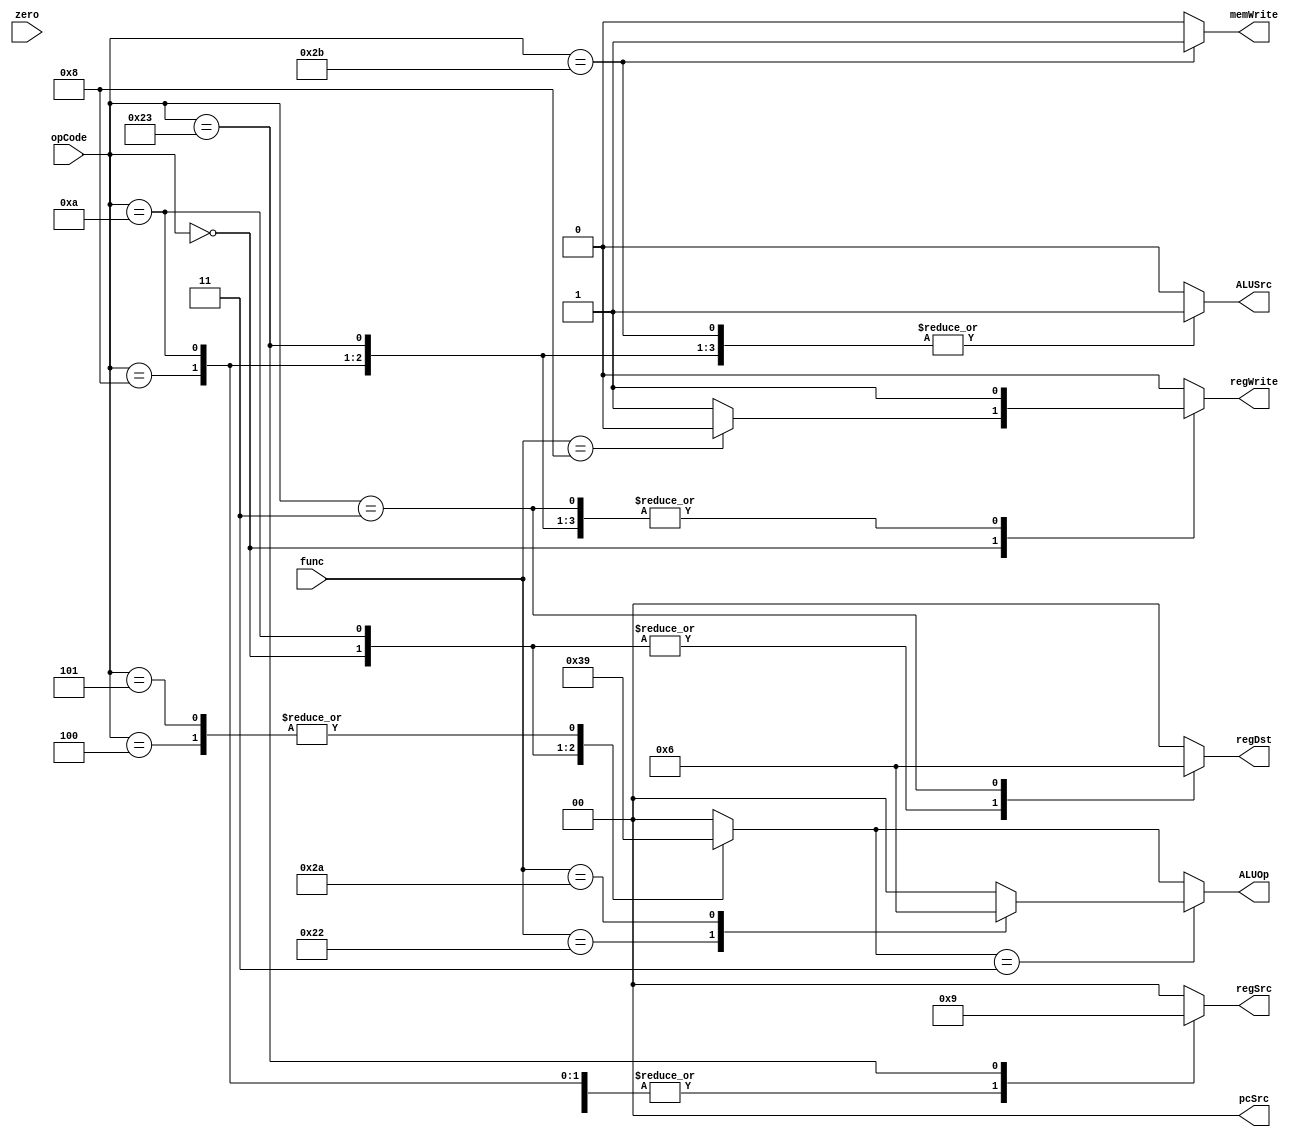
`timescale 1ns/1ns

module Controller( regSrc, regDst, pcSrc, ALUSrc, ALUOp, regWrite, memWrite, zero, opCode, func);
input zero;
input[5:0] opCode,func;
output reg [1:0] regDst,regSrc,pcSrc,ALUOp;
output reg ALUSrc,regWrite,memWrite;

parameter [5:0]
	RTYPE = 0,ADDI = 8,SLTI = 10,LW = 35,SW = 43,J = 2,JAL = 3,BEQ = 4,BNE = 5;

parameter [5:0]
	ADD = 32,SUB = 34,SLT = 42 , JR =  8;

reg[2:0] ALUcontrol;
reg [1:0] branchOC;
always@(opCode)begin
	{regDst,regSrc,pcSrc,ALUcontrol,ALUSrc,regWrite,memWrite,branchOC} = 0;
	case(opCode)
		RTYPE:begin regSrc=2; regWrite= func==8 ? 0 : 1; memWrite=0; ALUSrc=0; regDst=1; ALUcontrol=3;  branchOC=0;end
		ADDI: begin regSrc=2; regWrite=1; memWrite=0;		     ALUSrc=1; regDst=0; ALUcontrol=0;  branchOC=0; end
		SLTI: begin regSrc=2; regWrite=1; memWrite=0; 		     ALUSrc=1; regDst=1; ALUcontrol=2;  branchOC=0; end
		LW:   begin regSrc=1; regWrite=1; memWrite=0; 		     ALUSrc=1; regDst=0; ALUcontrol=0;  branchOC=0; end
		SW:   begin regSrc=0; regWrite=0; memWrite=1; 		     ALUSrc=1; regDst=0; ALUcontrol=0;  branchOC=0; end
		J:    begin regSrc=0; regWrite=0; memWrite=0;     	     ALUSrc=0; regDst=0; ALUcontrol=0;  branchOC=2;  end
		JAL:  begin regSrc=0; regWrite=1; memWrite=0; 		     ALUSrc=0; regDst=2; ALUcontrol=0;  branchOC=2;  end
		BEQ:  begin regSrc=0; regWrite=0; memWrite=0; 		     ALUSrc=0; regDst=0; ALUcontrol=1;  branchOC=1;  end
		BNE:  begin regSrc=0; regWrite=0; memWrite=0; 		     ALUSrc=0; regDst=0; ALUcontrol=1;  branchOC=3;  end
		endcase
end

reg branchF;
always@(func, ALUcontrol)begin
	ALUOp = 0;branchF=0;
	if(ALUcontrol == 3)begin
		case(func)
			ADD:ALUOp = 0;
			SUB:ALUOp = 1;
			SLT:ALUOp = 2;
			JR: branchF = 1;
		endcase
	end
	else
		ALUOp = ALUcontrol;
end
always@(zero, branchOC)begin
	pcSrc = 0;
	if(branchF == 1) pcSrc = 3;
	else if(branchOC == 1) pcSrc = {1'b0,zero};
	else if(branchOC == 2) pcSrc = 2;
	else if(branchOC == 3) pcSrc = {1'b0,~zero};
end

endmodule